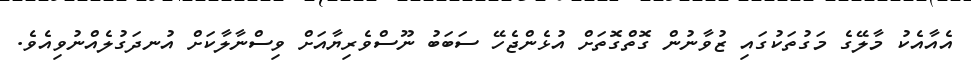
އެއާއެކު މާލޭގެ މަގުތަކުގައި ޒުވާނުން ގޮތްގޮތަށް އުޅެންޖެހޭ ސަބަބު ނޫސްވެރިޔާއަށް ވިސްނާލާކަށް އުނދަގުލެއްނުވިއެވެ.